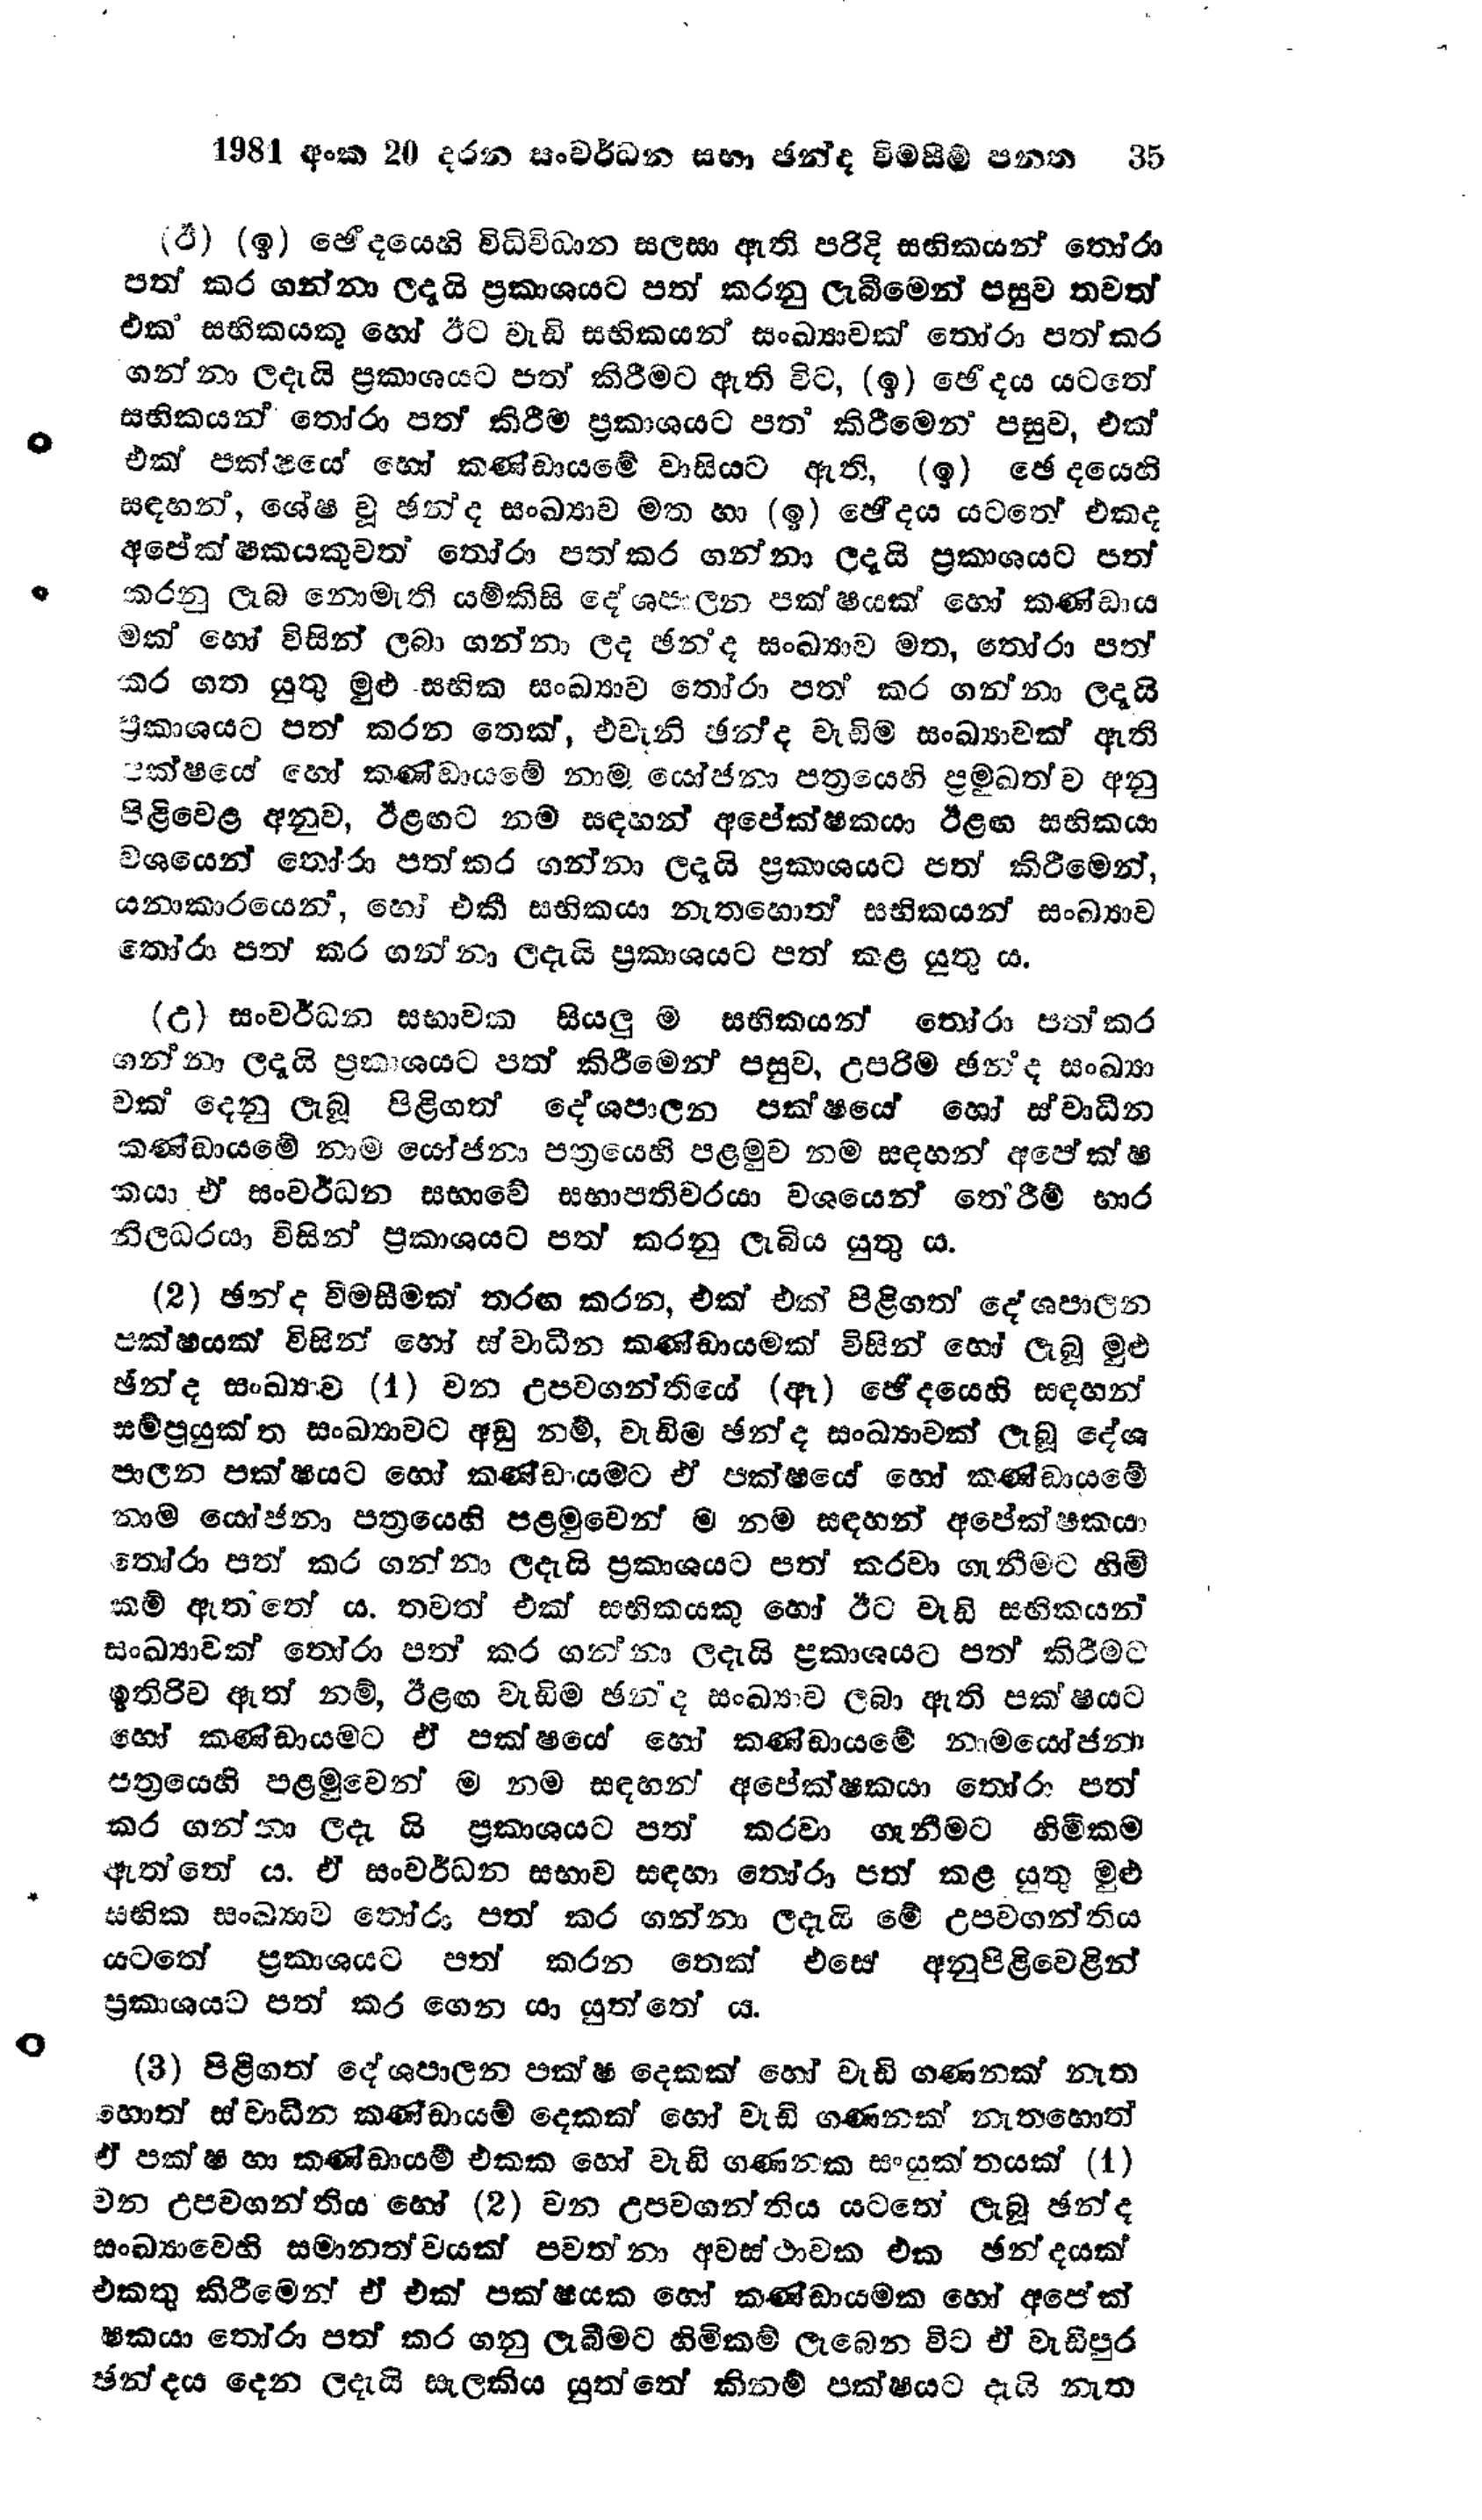
1981 අංක 20 දරන සංවර්ධන සභා ඡන්ද විමසීම් පනත 		35

(ඊ) (ඉ) ඡේදයෙහි විධිවිධාන සලසා ඇති පරිදි සභිකයන් තෝරා
පත් කර ගන්නා ලදැයි ප්‍රකාශයට පත් කරනු ලැබීමෙන් පසුව තවත්
එක සභිකයකු හෝ ඊට වැඩි සභිකයන් සංඛ්‍යාවක් තෝරා පත් කර
ගන්නා ලදැයි ප්‍රකාශයට පත් කිරීමට ඇති විට, (ඉ) ඡේදය යටතේ
සභිකයන් තෝරා පත් කිරීම ප්‍රකාශයට පත් කිරීමෙන් පසුව, එක්
එක් පක්ෂයේ හෝ කණ්ඩායමේ වාසියට ඇති, (ඉ) ඡෙදයෙහි
සඳහන්, ශේෂ වූ ඡන්ද සංඛ්‍යාව මත හා (ඉ) ඡේදය යටතේ එකද
අපේක්ෂකයකුවත් තෝරා පත් කර ගන්නා ලදැයි ප්‍රකාශයට පත්
කරනු ලැබ නොමැති යම්කිසි දේශපාලන පක්ෂයක් හෝ කණ්ඩාය
මක් හෝ විසින් ලබා ගන්නා ලද ඡන්ද සංඛ්‍යාව මත, තෝරා පත්
කර ගත යුතු මුළු සභික සංඛ්‍යාව තෝරා පත් කර ගන්නා ලදැයි
ප්‍රකාශයට පත් කරන තෙක්, එවැනි ඡන්ද වැඩිම සංඛ්‍යාවක් ඇති
පක්ෂයේ හෝ කණ්ඩායමේ නාම යෝජනා පත්‍රයෙහි ප්‍රමුඛත්ව අනු
පිළිවෙළ අනුව, ඊළඟට නම සඳහන් අපේක්ෂකයා ඊළඟ සභිකයා
වශයෙන් තෝරා පත් කර ගන්නා ලදැයි ප්‍රකාශයට පත් කිරීමෙන්,
යනාකාරයෙන්, හෝ එකී සභිකයා නැතහොත් සභිකයන් සංඛ්‍යාව
තෝරා පත් කර ගන්නා ලදැයි ප්‍රකාශයට පත් කළ යුතුය.

(උ) සංවර්ධන සභාවක සියලු ම සභිකයන් තෝරා පත් කර
ගන්නා ලදැයි ප්‍රකාශයට පත් කිරීමෙන් පසුව, උපරිම ඡන්ද සංඛ්‍යා
වක් දෙනු ලැබූ පිළිගත් දේශපාලන පක්ෂයේ හෝ ස්වාධීන
කණ්ඩායමේ නාම යෝජනා පත්‍රයෙහි පළමුව නම සඳහන් අපේක්ෂ
කයා ඒ සංවර්ධන සභාවේ සභාපතිවරයා වශයෙන් තේරීම් භාර
නිලධරයා විසින් ප්‍රකාශයට පත් කරනු ලැබිය යුතු ය.

(2) ඡන්ද වීමසීමක් තරඟ කරන, එක් එක් පිළිගත් දේශපාලන
පක්ෂයක් විසින් හෝ ස්වාධීන කණ්ඩායමක් විසින් හෝ ලැබූ මුළු
ඡන්ද සංඛ්‍යාව (1) වන උපවගන්තියේ (ඈ) ඡේදයෙහි සඳහන්
සම්ප්‍රයුක්ත සංඛ්‍යාවට අඩු නම්, වැඩිම ඡන්ද සංඛ්‍යාවක් ලැබූ දේශ
පාලන පක්ෂයට හෝ කණ්ඩායමට ඒ පක්ෂයේ හෝ කණ්ඩායමේ
නාම යෝජනා පත්‍රයෙහි පළමුවෙන් ම නම සඳහන් අපේක්ෂකයා
තෝරා පත් කර ගන්නා ලදැයි ප්‍රකාශයට පත් කරවා ගැනීමට හිමි
කම් ඇතතේ ය. තවත් එක් සභිකයකු හෝ ඊට වැඩි සභිකයන්
සංඛ්‍යාවක් තෝරා පත් කර ගන්නා ලදැයි ප්‍රකාශයට පත් කිරීමට
ඉතිරිව ඇත් නම්, ඊළඟ වැඩිම ඡන්ද සංඛ්‍යාව ලබා ඇති පක්ෂයට
හෝ කණ්ඩායමට ඒ පක්ක්ෂයේ හෝ කණ්ඩායමේ නාමයෝජනා
පත්‍රයෙහි පළමුවෙන්ම ම නම සඳහන් අපේක්ෂකයා තෝරා පත්
කරගන්නා ලදැ යි ප්‍රකාශයට පත් කරවා ගැනීමට හිමිකම
ඇත්තේය. ඒ සංවර්ධන සභාව සඳහා තෝරා පත් කළ යුතු මුළු
සභික සංඛ්‍යාව තෝරා පත් කර ගන්නා ලදැයි මේ උපවගන්තිය
යටතේ ප්‍රකාශයට පත් කරන තෙක් එසේ අනුපිළිවෙළින්
ප්‍රකාශයට පත් කර ගෙන යා යුත්තේ ය.

(3) පිළිගත් දේශපාලන පක්ෂ දෙකක් හෝ වැඩි ගණනක් නැත
හොත් ස්වාධීන කණ්ඩායම් දෙකක් හෝ වැඩි ගණනක් නැතහොත්
ඒ පක්ෂ හා කණ්ඩායම් එකක හෝ වැඩි ගණනක සංයුක් තයක් (1)
වන උපවගන්තිය හෝ (2) වන උපවගන්තිය යටතේ ලැබූ ඡන්ද
සංඛ්‍යාවෙහි සමානත්වයක් පවත්නා අවස් ථාවක එක ඡන්දයක්
එකතු කිරීමෙන් ඒ එක් පක්ෂයක හෝ කණ්ඩායමක හෝ අපේක්
ෂකයා තෝරා පත් කර ගනු ලැබීමට හිමිකම් ලැබෙන විට ඒ වැඩිපුර
ඡන්දය දෙන ලදැයි සැලකිය යුත්තේ කිනම් පක්ෂයට දැයි නැත